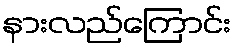
နားလည်ကြောင်း